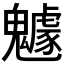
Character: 𩴯